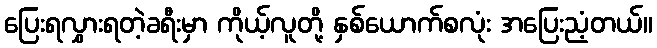
ပြေးရလွှားရတဲ့ခရီးမှာ ကိုယ့်လူတို့ နှစ်ယောက်စလုံး အပြေးညံ့တယ်။